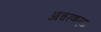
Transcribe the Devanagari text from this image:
आचरणार्‍या